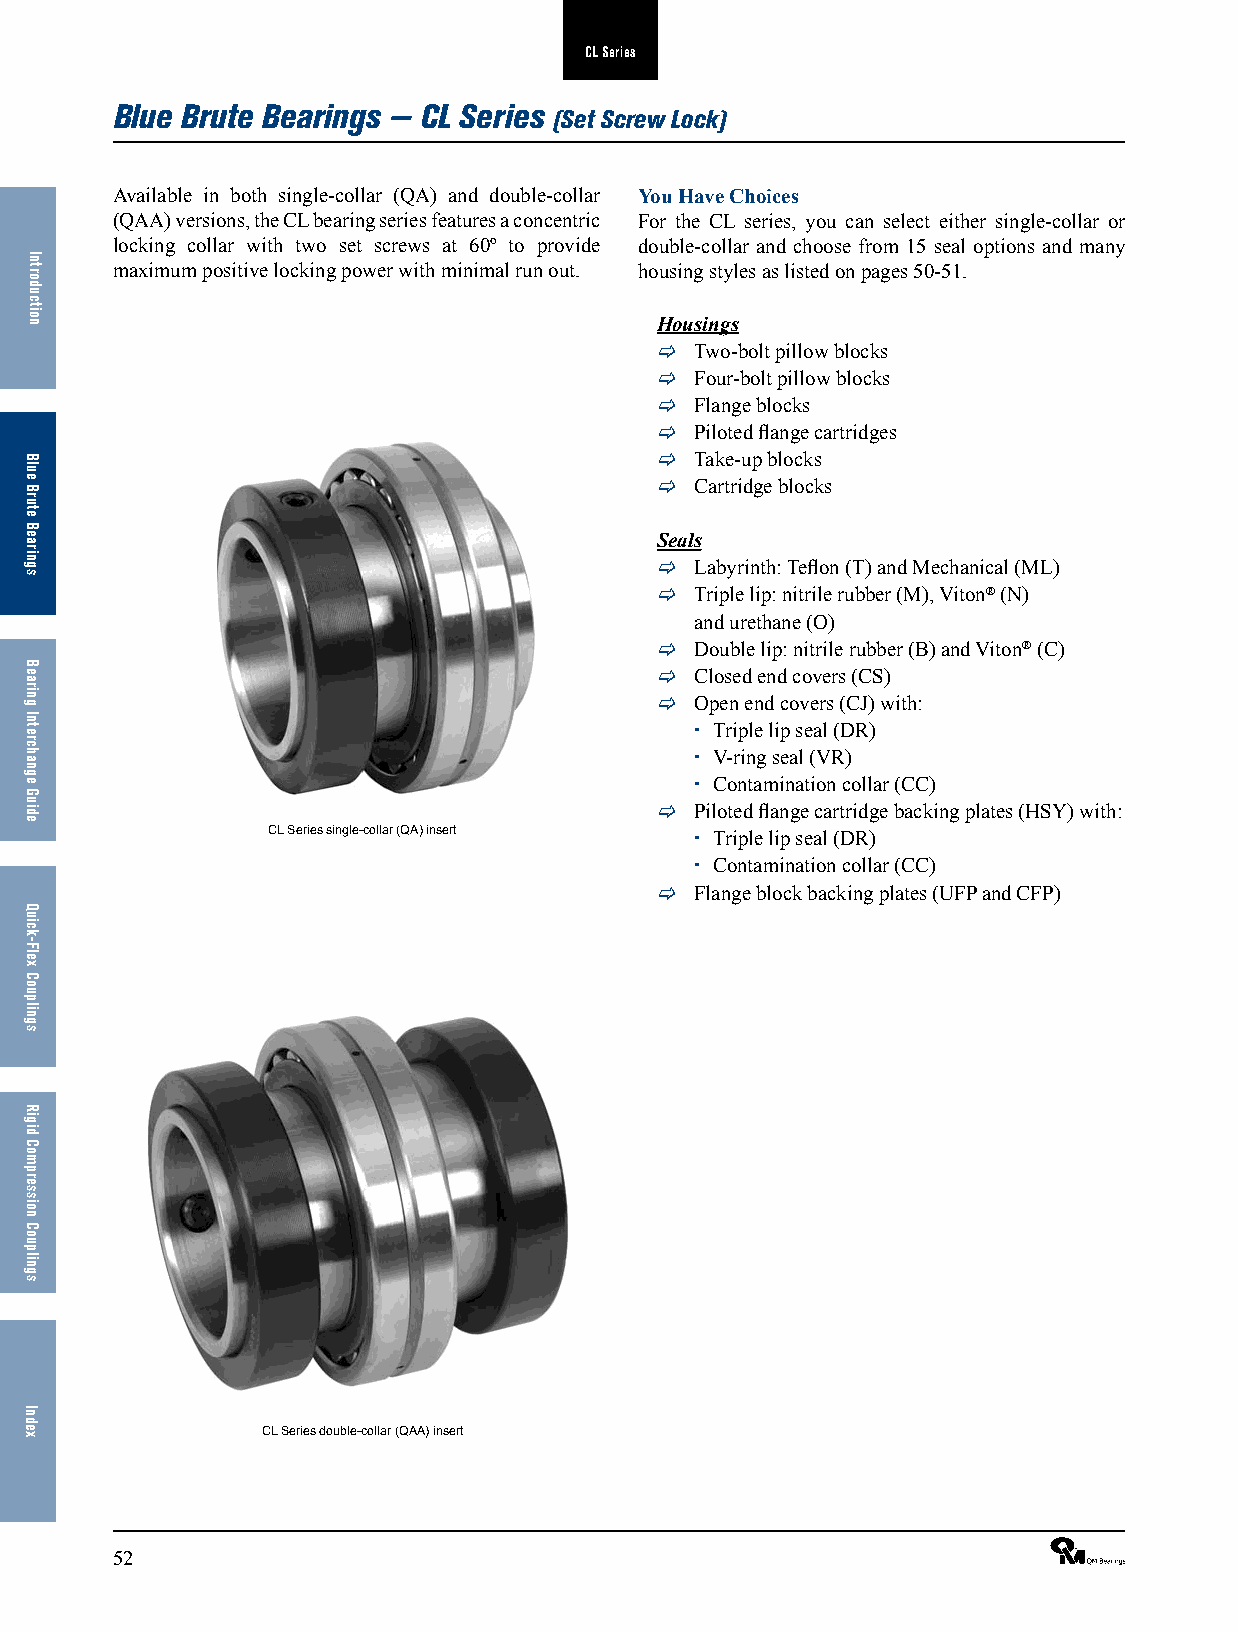
CL Series
 Blue Brute Bearings — CL Series
 (Set Screw Lock)
 Available in both single-collar (QA) and double-collar You Have Choices
 (QAA) versions, the CL bearing series features a concentric For the CL series, you can select either single-collar or
 locking collar with two set screws at 60º to provide double-collar and choose from 15 seal options and many
 maximum positive locking power with minimal run out. housing styles as listed on pages 50-51.
 Housings
   Two-bolt pillow blocks
   Four-bolt pillow blocks
   Flange blocks
   Piloted flange cartridges
   Take-up blocks
   Cartridge blocks
 Seals
   Labyrinth: Teflon (T) and Mechanical (ML)
   Triple lip: nitrile rubber (M), Viton® (N)
 and urethane (O)
   Double lip: nitrile rubber (B) and Viton® (C)
   Closed end covers (CS)
   Open end covers (CJ) with:
  Triple lip seal (DR)
  V-ring seal (VR)
  Contamination collar (CC)
   Piloted flange cartridge backing plates (HSY) with:
 CL Series single-collar (QA) insert  Triple lip seal (DR)
  Contamination collar (CC)
   Flange block backing plates (UFP and CFP)
 CL Series double-collar (QAA) insert
 52                                                              ®
 Introduction
 Blue
 Brute
 Bearings
 Bearing
 Interchange
 Guide
 Quick-Flex
 Couplings
 Rigid
 Compression
 Couplings
 Index